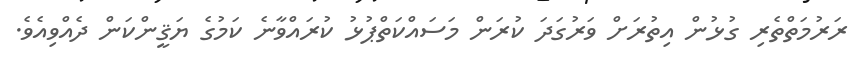
ރަރުމަތްތެރި ގުޅުން އިތުރަށް ވަރުގަދަ ކުރަން މަސައްކަތްޕުޅު ކުރައްވާނެ ކަމުގެ ޔަޤީންކަން ދެއްވިއެވެ.